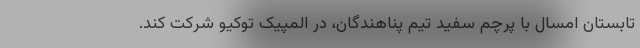
تابستان امسال با پرچم سفید تیم پناهندگان، در المپیک توکیو شرکت کند.